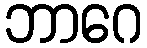
ဘာဂေ